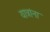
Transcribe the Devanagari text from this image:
यात्रांना